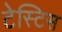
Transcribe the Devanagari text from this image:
टेस्टिस